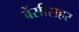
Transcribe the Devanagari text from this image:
बेंसीसहर